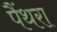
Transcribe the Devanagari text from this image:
पैंथरा